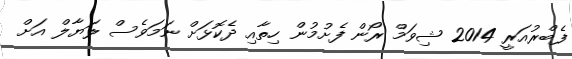
ފެބްރުއަރީ 2014 ޝިވަމް ރޯން ފެށުމުން ހިތާއި ދެކޮޅަށް ނަމަވެސް ލަޔާލް އަަށް